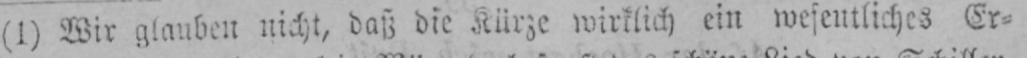
(l) Wir glauben nicht, daß die Kürze wirklich ein wesentliches Er⸗